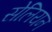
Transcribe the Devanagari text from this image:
सेलियन